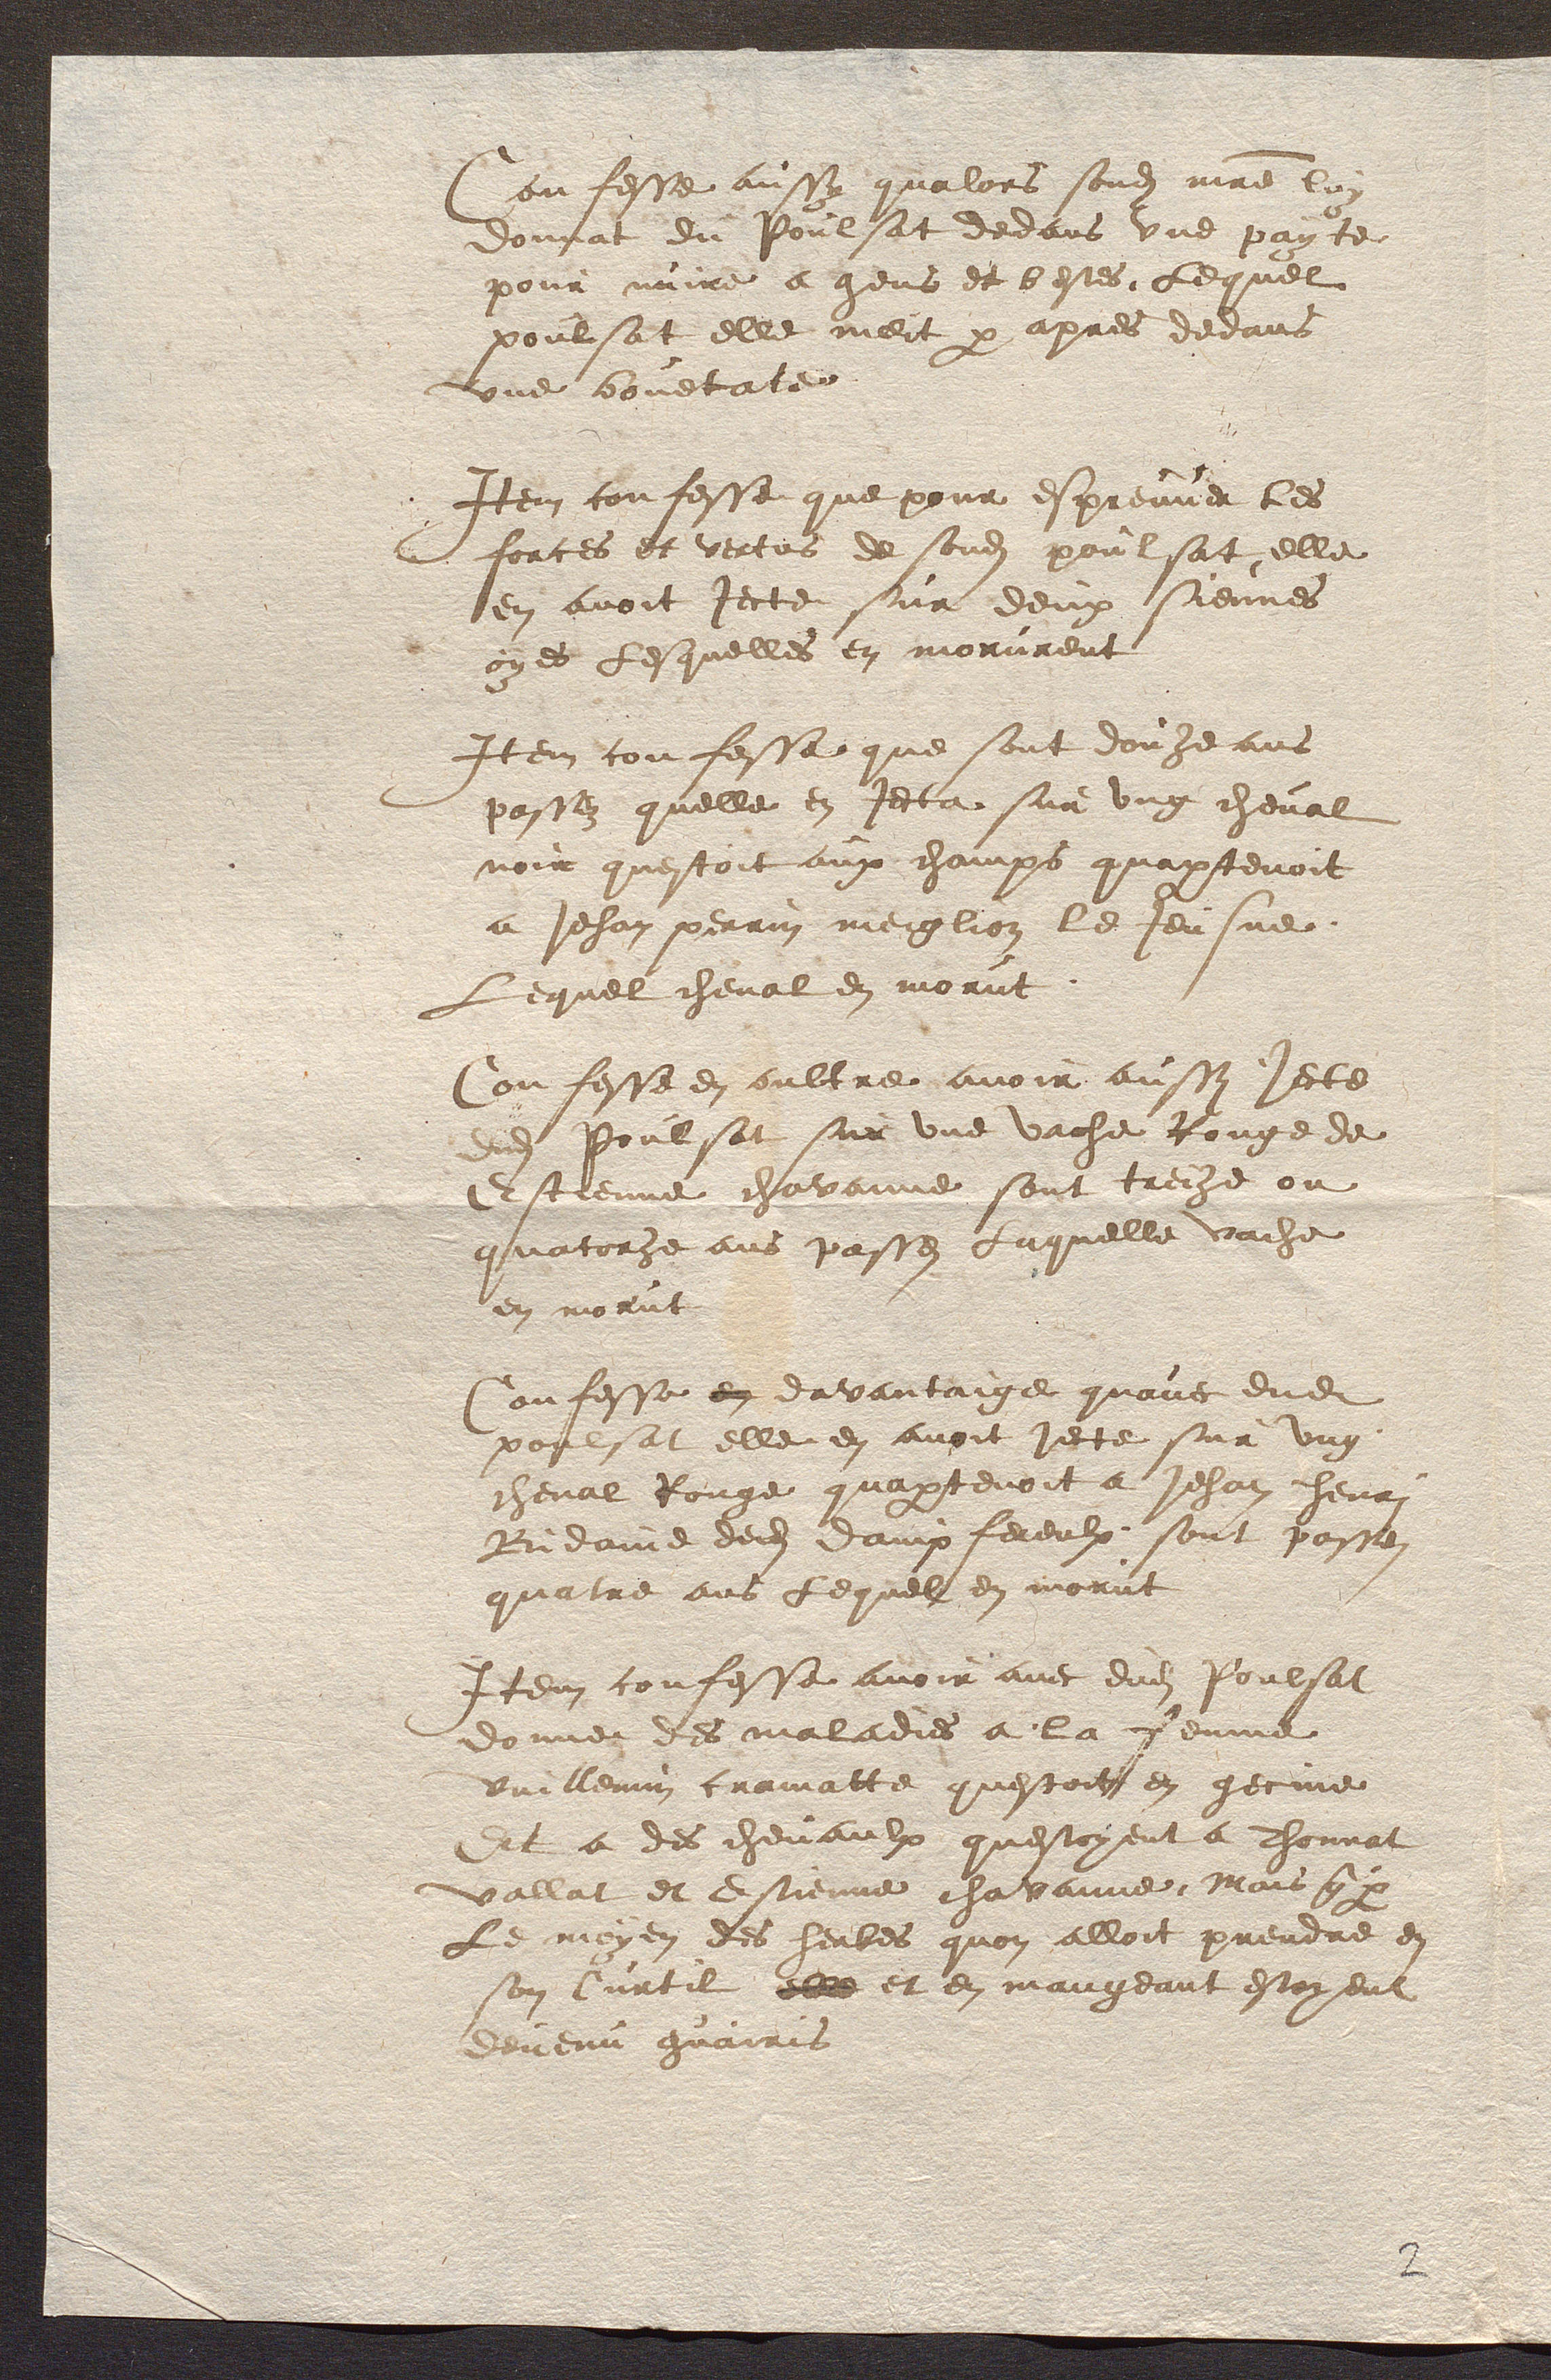
Confesse aussy qualors sondit maitre loi
donnat du Poulsat dedans une payte
pour nuire a gens et bestes Lequel
poulsat elle meit par apres devans
une bouetate
Item confesse que pour espreuver les
forces et vertus de sondit poulsat elle
en avoit jecte sur deux siennes
oy es Lesquelles en morurent
Item confesse que sont douze ans
passez quelle en jecta sur ung cheval
noir questoit aux champs quapartenoit
a Jehan perrin meiglion le Jeusne
Lequel cheval en morut
Confesse en oultre avoir aussi jecte
nd Poulsat sur une vache Rouge de
Estienne chavanne sont treche ou
quatoche ans passez Laquelle vache
en morut
Confesse en davantaige quave dudit
poulsat elle en avoit jecte sur ung
cheval Rouge quapartenoit a Jehan henri
Bidaine dudit dampfereulx sont passez
quatre ans lequel en morut
Item confesse avoir avec dudit Poulsat
donner des maladies a la femme
Vuillemin cramatte questoit en gecine
Et a des chevaulx questoyent a Thonnat
vallat et estienne chavanne Mais 6y
Le moyen des herbes quon alloit prendre en
son Curtil elle et en mangeant estoyent
devenu guairis